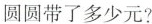
圆圆带了多少元?